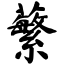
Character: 蘩